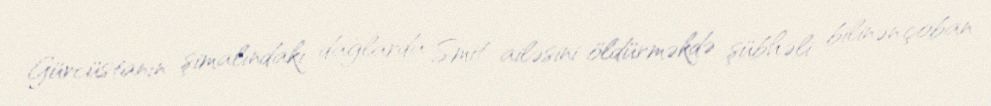
Gürcüstanın şimalındakı dağlarda Smit ailəsini öldürməkdə şübhəli bilinən çoban